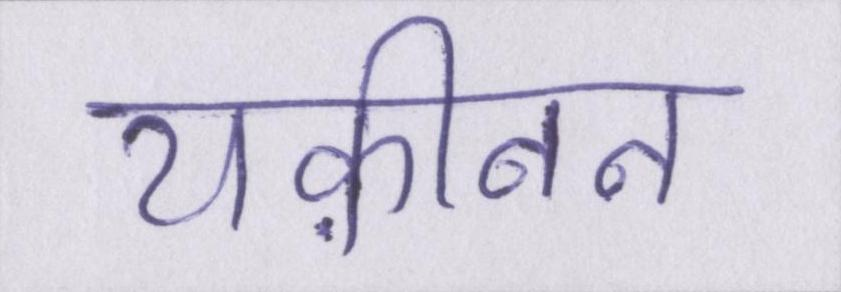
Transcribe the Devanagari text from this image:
यक़ीनन